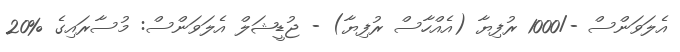
އެލަވަންސް -/1000 ރުފިޔާ (އެއްހާސް ރުފިޔާ) - ޖުޑީޝަލް އެލަވަންސް: މުސާރައިގެ %20